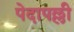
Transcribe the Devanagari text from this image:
पेदापल्ली